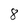
Character: 8